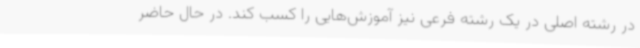
در رشته اصلی در یک رشته فرعی نیز آموزش‌هایی را کسب کند. در حال حاضر